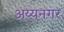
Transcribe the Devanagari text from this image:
अय्यनगर